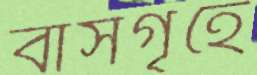
বাসগৃহে